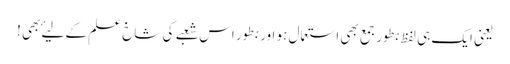
یعنی ایک ہی لفظ بطور جمع بھی استعمال ہو اور بطور اس شعبے کی شاخ علم کے لیۓ بھی !